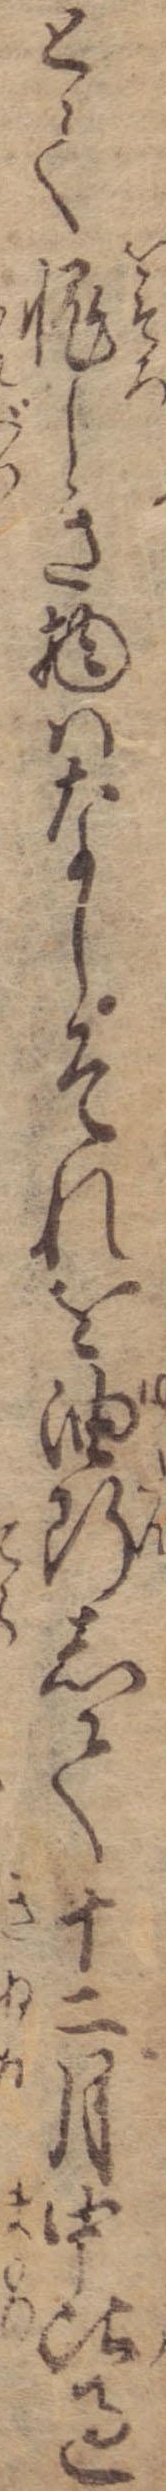
とて愧しき物はなしそれを油断して十二月中比過